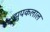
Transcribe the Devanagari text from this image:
झुपकलाल